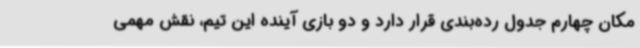
مکان چهارم جدول رده‌بندی قرار دارد و دو بازی آینده این تیم، نقش مهمی